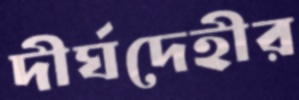
দীর্ঘদেহীর